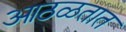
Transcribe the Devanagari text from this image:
आठळतात